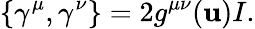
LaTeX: \{ \gamma^{\mu},\gamma^{\nu}\} =2g^{\mu\nu}(\mathbf{u})I.